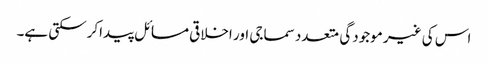
اس کی غیر موجودگی متعدد سماجی اور اخلاقی مسائل پیداکرسکتی ہے۔